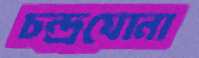
চন্দ্রঘোনা